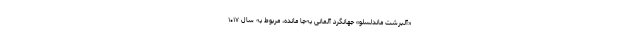
«آلبِرشْت ماندِلْسلو» جهانگرد آلمانی به‌جا مانده، مربوط به سال ۱۰۱۷